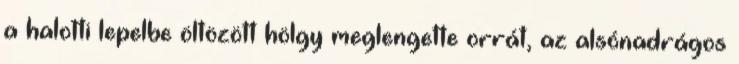
a halotti lepelbe öltözött hölgy meglengette orrát, az alsónadrágos